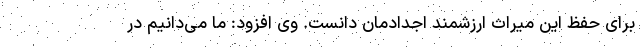
برای حفظ این میراث ارزشمند اجدادمان دانست. وی افزود: ما می‌دانیم در